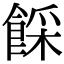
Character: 𩜓